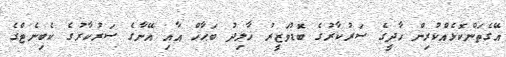
އޭގެތަންކޮޅެއްކުރިން ހާދީގެ ސަރުކާރުގެ ބޮޑުވަޒީރު ޚާލިދު ބަޙާހް އާއި އޭނާގެ ސަރުކާރުގެ ކެބިނެޓްގެ